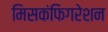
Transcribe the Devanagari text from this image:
मिसकंफिगरेशन